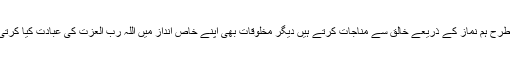
جس طرح ہم نماز کے ذریعے خالق سے مناجات کرتے ہیں دیگر مخلوقات بھی اپنے خاص انداز میں اللہ رب العزت کی عبادت کیا کرتی ہیں۔